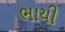
ભાયી